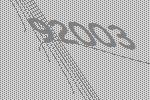
92003